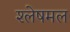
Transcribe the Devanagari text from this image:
श्लेषमल